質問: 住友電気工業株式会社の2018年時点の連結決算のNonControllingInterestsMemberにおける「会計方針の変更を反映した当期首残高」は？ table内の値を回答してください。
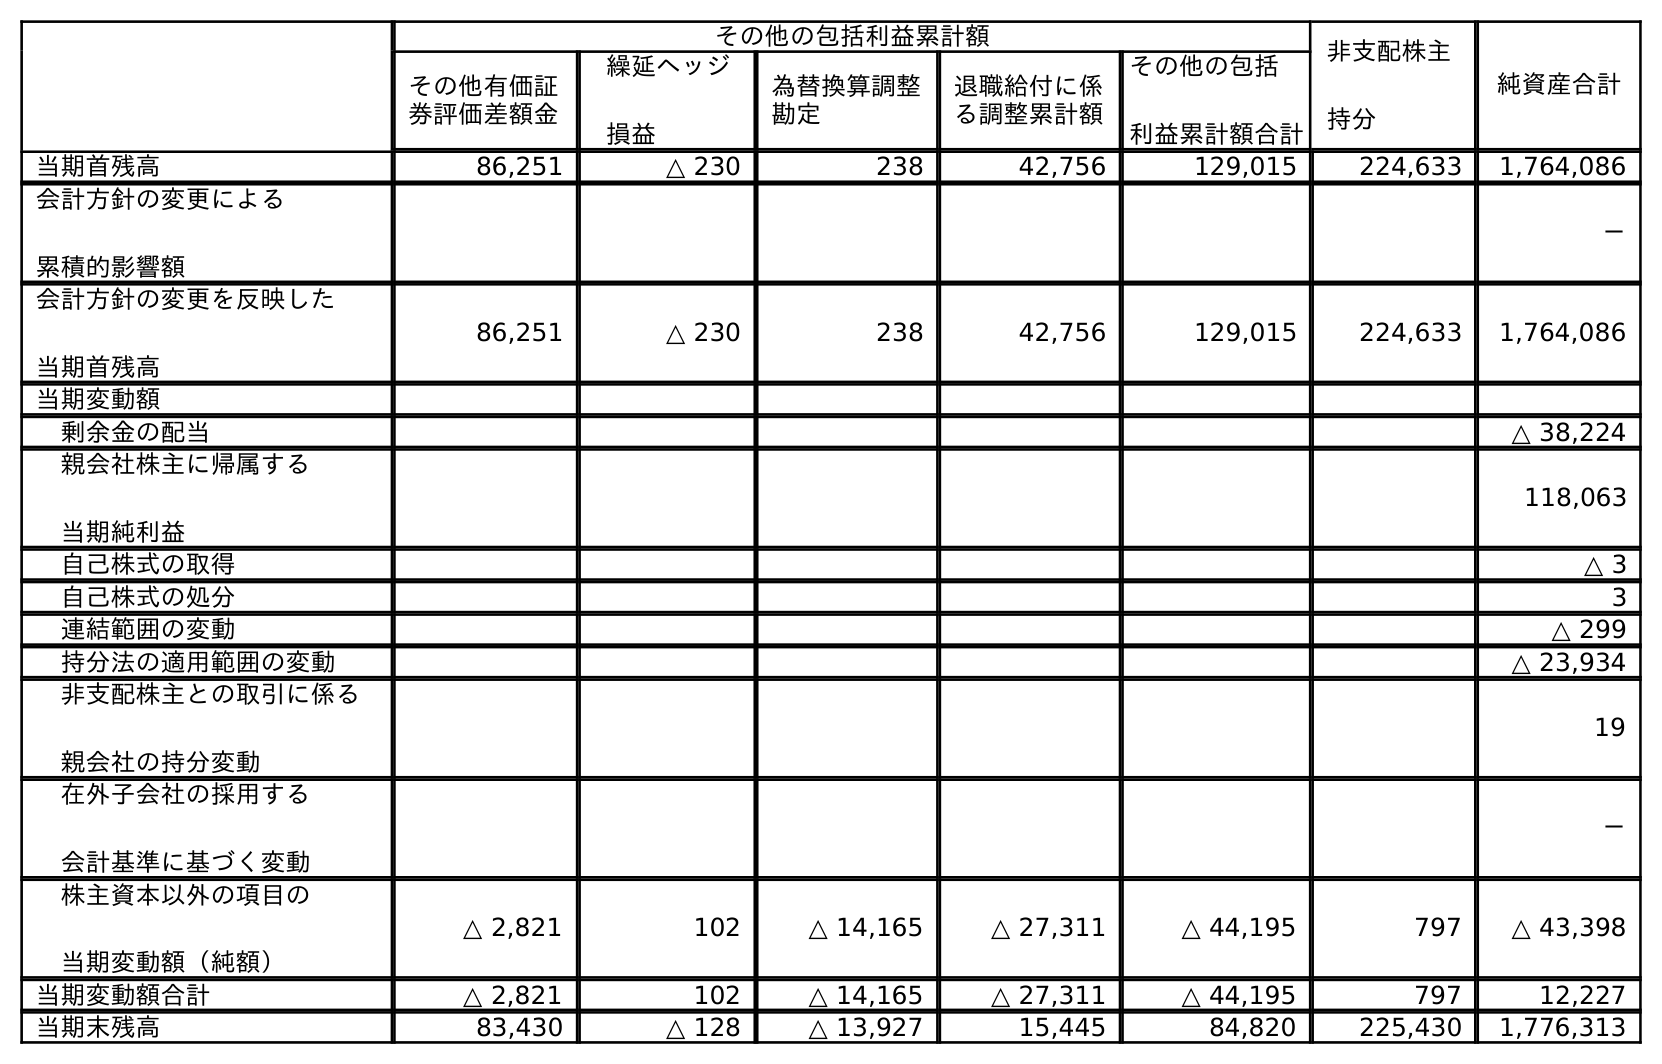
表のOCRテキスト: その他の包括利益累計額 非支配株主 持分 純資産合計 その他有価証 券評価差額金 繰延ヘッジ 損益 為替換算調整 勘定 退職給付に係 る調整累計額 その他の包括 利益累計額合計 当期首残高 86,251 △ 230 238 42,756 129,015 224,633 1,764,086 会計方針の変更による 累積的影響額 － 会計方針の変更を反映した 当期首残高 86,251 △ 230 238 42,756 129,015 224,633 1,764,086 当期変動額 剰余金の配当 △ 38,224 親会社株主に帰属する 当期純利益 118,063 自己株式の取得 △ 3 自己株式の処分 3 連結範囲の変動 △ 299 持分法の適用範囲の変動 △ 23,934 非支配株主との取引に係る 親会社の持分変動 19 在外子会社の採用する 会計基準に基づく変動 － 株主資本以外の項目の 当期変動額（純額） △ 2,821 102 △ 14,165 △ 27,311 △ 44,195 797 △ 43,398 当期変動額合計 △ 2,821 102 △ 14,165 △ 27,311 △ 44,195 797 12,227 当期末残高 83,430 △ 128 △ 13,927 15,445 84,820 225,430 1,776,313
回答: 224,633